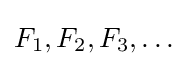
F_{1},F_{2},F_{3},\ldots